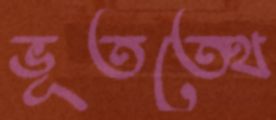
ভূতত্ত্বে